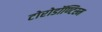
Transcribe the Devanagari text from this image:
टोरोडॉण्टिस्म